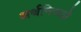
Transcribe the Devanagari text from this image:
अर्थनिरुठो